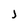
Character: j